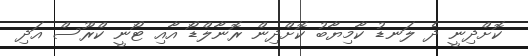
ކޮށްދިނީ ދެ ލަނޑު ކާމިޔާބު ކޮށްދިން ރޮނާލްޑޯ އާއި ޓޯނީ ކްރޫސް އަދި